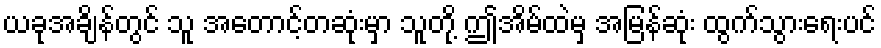
ယခုအချိန်တွင် သူ အတောင့်တဆုံးမှာ သူတို့ ဤအိမ်ထဲမှ အမြန်ဆုံး ထွက်သွားရေးပင်